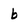
Character: b